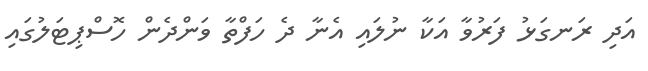
އަދި ރަނގަޅު ފަރުވާ އަކާ ނުލައި އެނާ ދެ ހަފްތާ ވަންދެން ހޮސްޕިޓަލުގައި